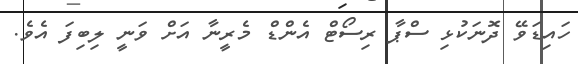
ހައިޑަވޭ ދޮނަކުޅި ސްޕާ ރިސޯޓް އެންޑް މެރީނާ އަށް ވަނީ ލިބިފަ އެވެ.